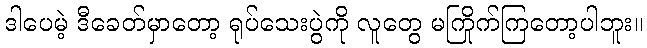
ဒါပေမဲ့ ဒီခေတ်မှာတော့ ရုပ်သေးပွဲကို လူတွေ မကြိုက်ကြတော့ပါဘူး။